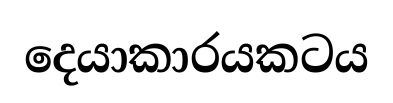
දෙයාකාරයකටය